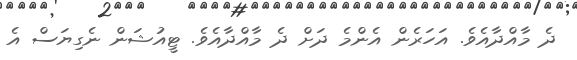
ދެ މާއްދާއެވެ. އަހަރެން އެންމެ ދަށް ދެ މާއްދާއެވެ. ޓީއުޝަން ނެގިޔަސް އެ